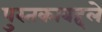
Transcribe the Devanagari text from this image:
पुस्तकाबद्दले